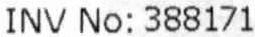
INV NO: 388171